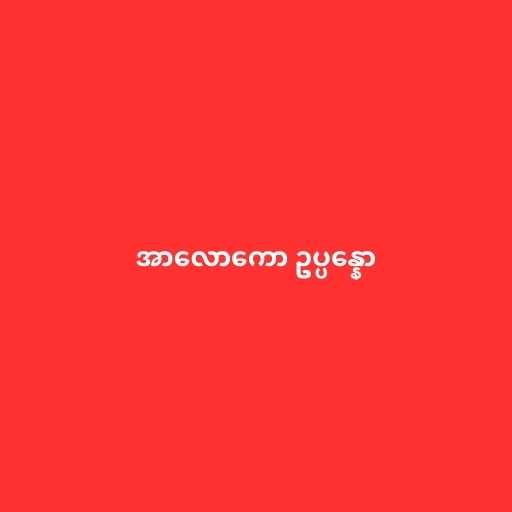
အာလောကော ဥပ္ပန္နော